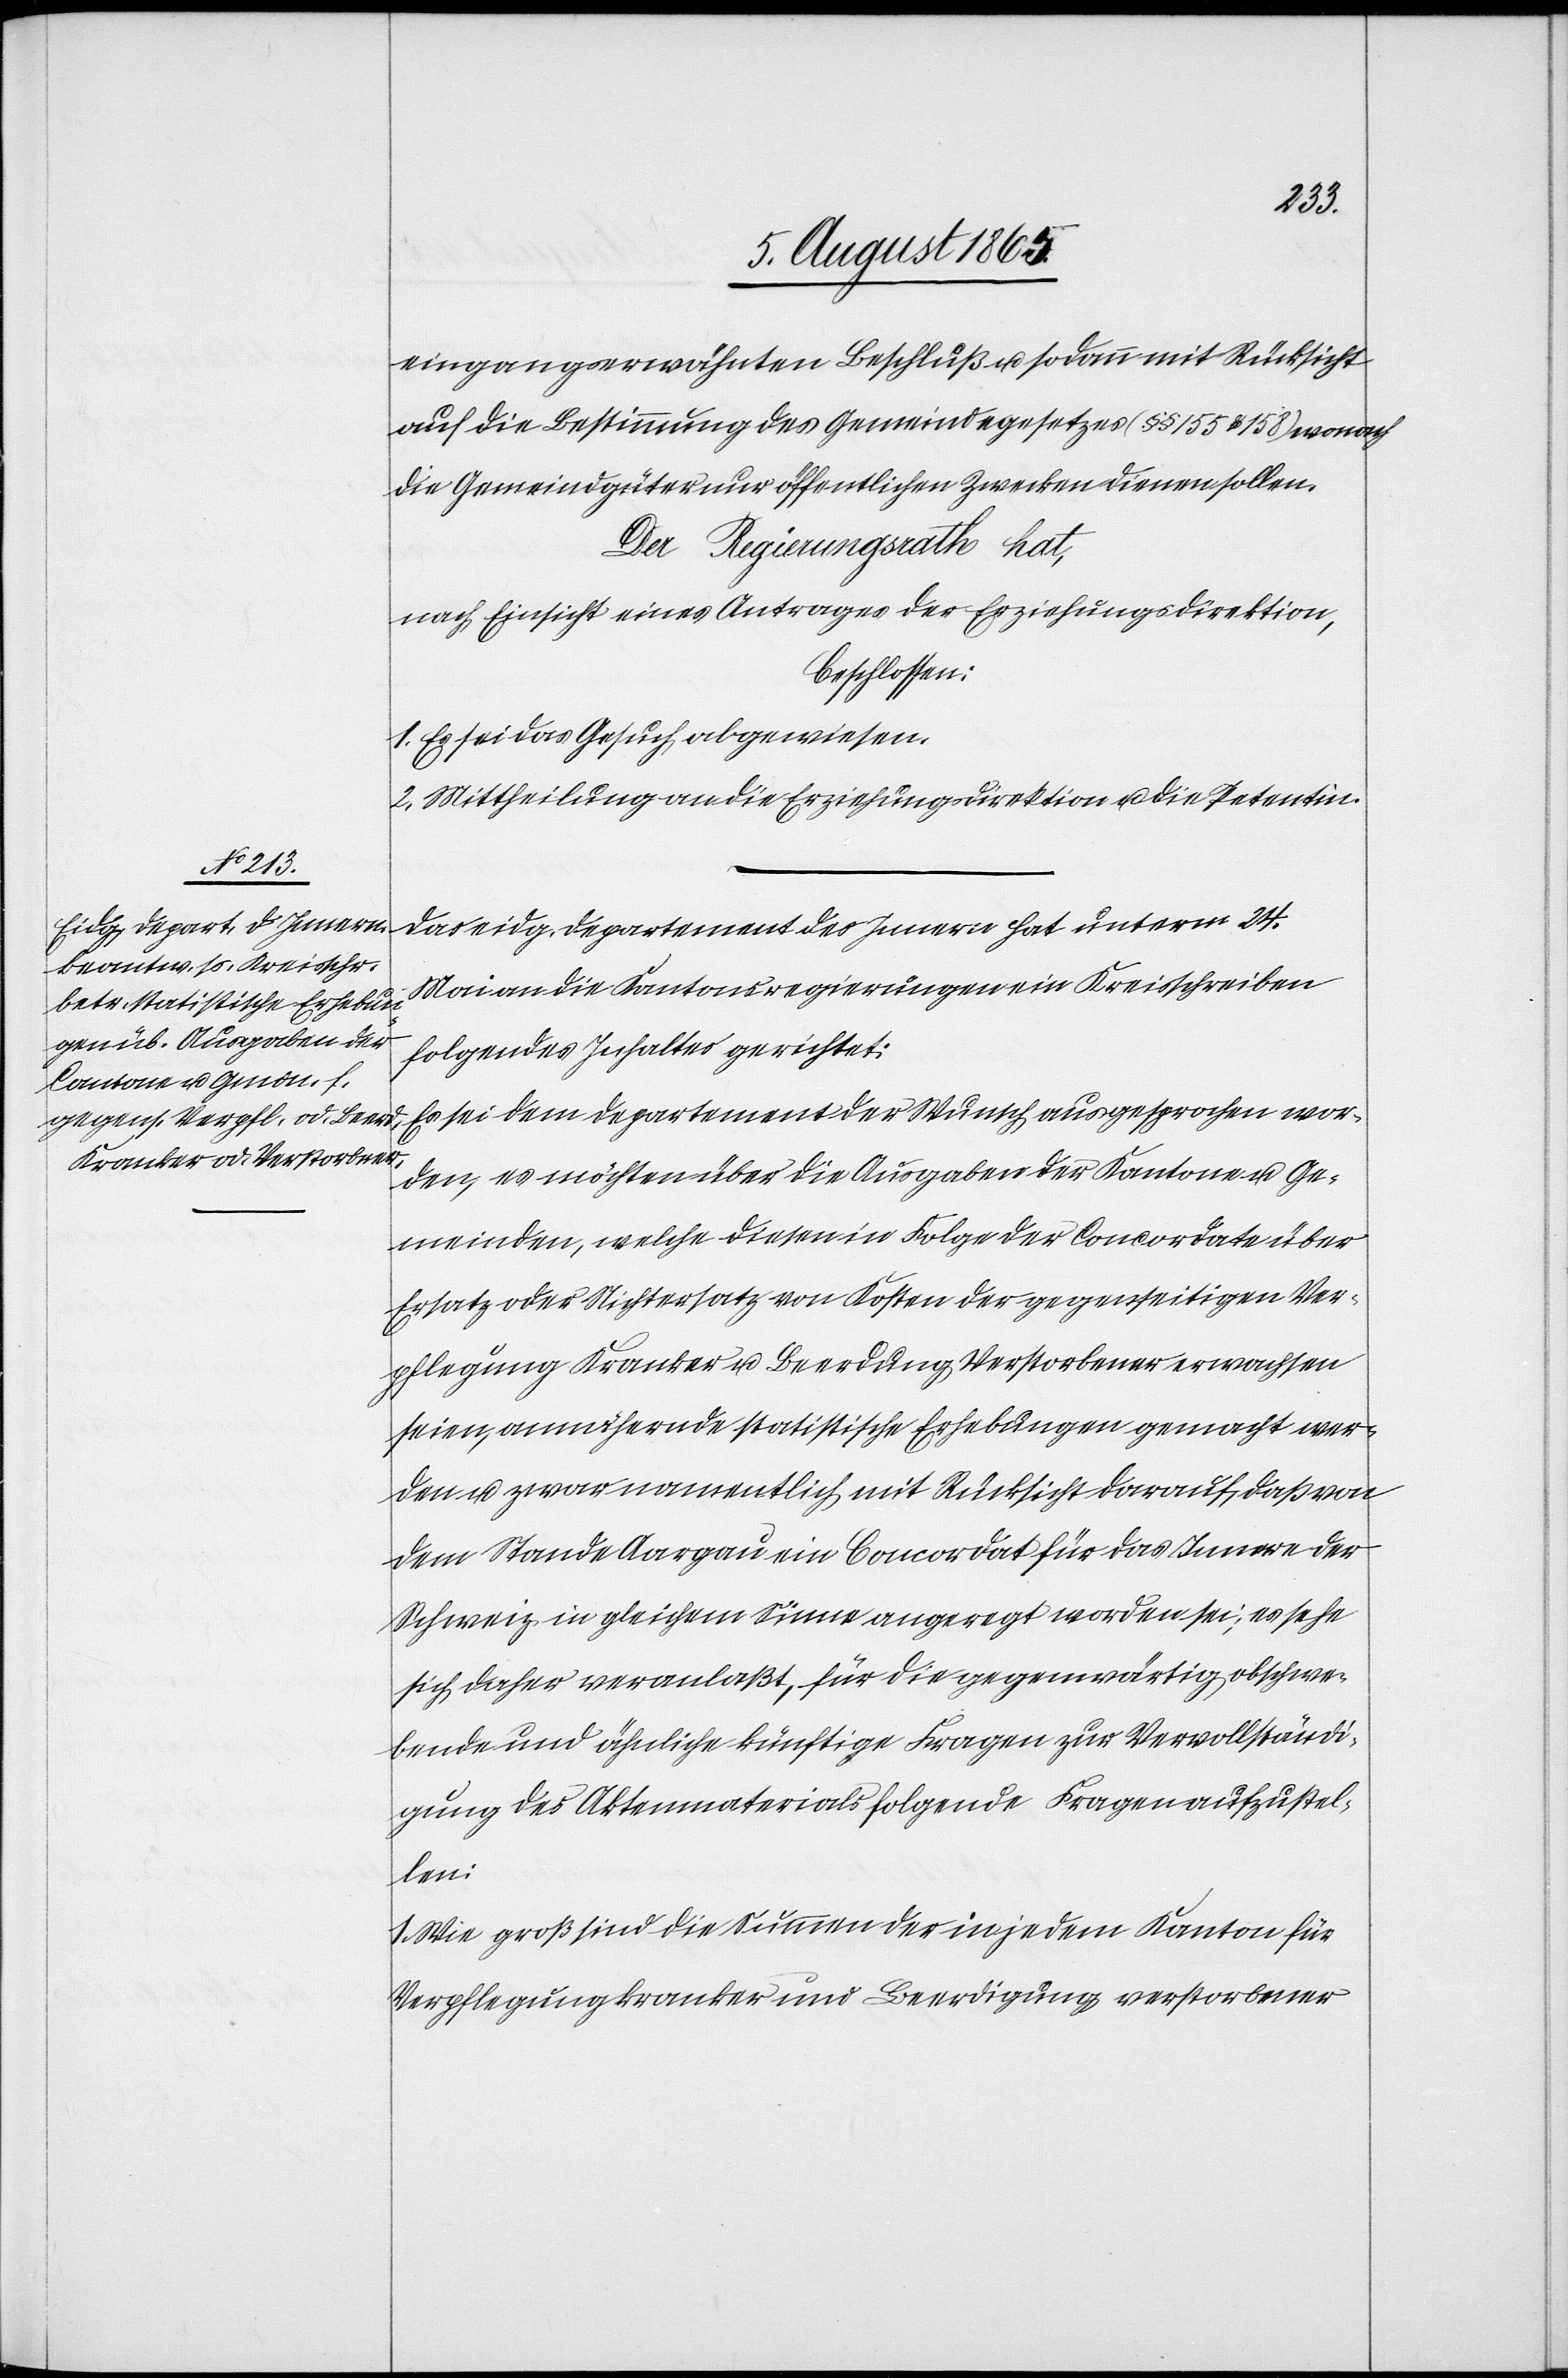
eingangserwähnten Beschluß u. sodann mit Rücksicht
auf die Bestimmung des Gemeindegesetzes (§ § 155 u. 158) wonach
die Gemeindgüter nur öffentlichen Zwecken dienen sollen.
Der Regierungsrath hat,
nach Einsicht eines Antrages der Erziehungsdirektion,
beschlossen:
1. Es sei das Gesuch abgewiesen.
2. Mittheilung an die Erziehungsdirektion u. die Petentin.
Das eidg. Departement des Innern hat unterm 24.
Mai an die Kantonsregierungen ein Kreisschreiben
folgendes Inhaltes gerichtet:
Es sei dem Departement der Wunsch ausgesprochen wor¬
den, es möchten über die Ausgaben der Kantone u. Ge¬
meinden, welche diesen in Folge der Concordate über
Ersatz oder Nichtersatz von Kosten der gegenseitigen Ver¬
pflegung Kranker u. Beerd[ig]ung Verstorbener erwachsen
seien, annähernde statistische Erhebungen gemacht wer¬
den u. zwar namentlich mit Rücksicht darauf, daß von
dem Stande Aargau ein Concordat für das Innere der
Schweiz in gleichem Sinne angeregt worden sei; es sehe
sich daher veranlaßt, für die gegenwärtig obschwe¬
bende und ähnliche künftige Fragen zur Vervollständi¬
gung des Aktenmaterials folgende Fragen aufzustel¬
len:
1. Wie groß sind die Summen der in jedem Kanton für
Verpflegung kranker und Beerdigung verstorbener